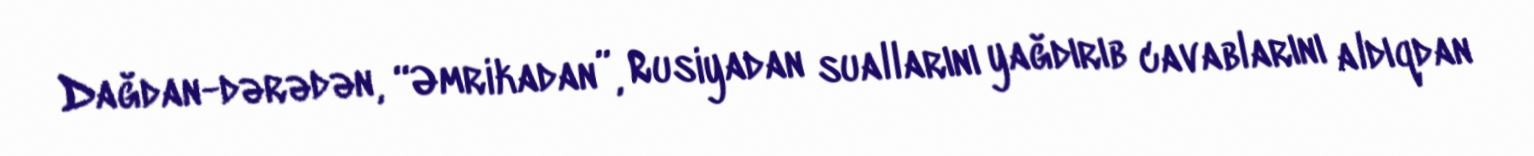
Dağdan-dərədən, “Əmrikadan”, Rusiyadan suallarını yağdırıb cavablarını aldıqdan